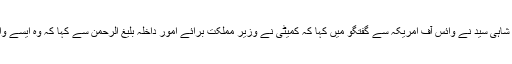
قائمہ کمیٹی کے اجلاس میں شریک عوامی نیشل پارٹی کے سینیٹر شاہی سید نے وائس آف امریکہ سے گفتگو میں کہا کہ کمیٹی نے وزیر مملکت برائے اُمور داخلہ بلیغ الرحمن سے کہا کہ وہ ایسے واقعات کی تفصیل معلوم کر کے کمیٹی کو اس بارے میں آگاہ کریں۔